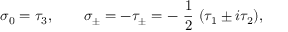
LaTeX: \sigma _ { 0 } = \tau _ { 3 } , \qquad \sigma _ { \pm } = - \tau _ { \pm } = - \mathrm { ~ \frac { 1 } { 2 } ~ } ( \tau _ { 1 } \pm i \tau _ { 2 } ) ,